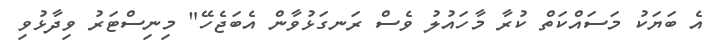
އެ ބަޔަކު މަސައްކަތް ކުރާ މާހައުލު ވެސް ރަނގަޅުވާން އެބަޖެހޭ" މިނިސްޓަރު ވިދާޅުވި